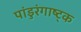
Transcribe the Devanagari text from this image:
पांडुरंगाष्ट्क